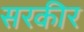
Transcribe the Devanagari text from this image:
सरकीर